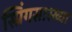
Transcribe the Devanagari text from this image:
स्प्रिंगसारख्या